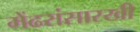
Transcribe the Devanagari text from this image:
मेंढरांसारखी